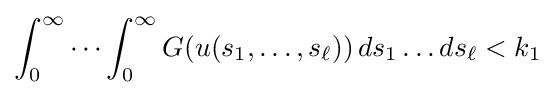
\int _{0}^{\infty }\cdots \int _{0}^{\infty }G(u(s_{1},\ldots ,s_{\ell }))\,ds_{1}\ldots ds_{\ell }<k_{1}